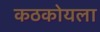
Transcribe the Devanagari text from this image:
कठकोयला